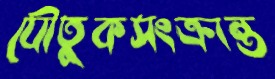
যৌতুকসংক্রান্ত